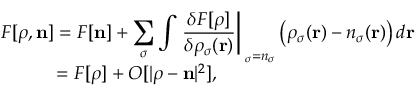
\begin{array} { l } { { \displaystyle { \cal F } [ { \boldsymbol \rho } , { \bf n } ] = F [ { \bf n } ] + \sum _ { \sigma } \int \left. \frac { \delta F [ { \boldsymbol \rho } ] } { \delta \rho _ { \sigma } ( { \bf r } ) } \right\vert _ { { \bf \rho } _ { \sigma } = n _ { \sigma } } \left( \rho _ { \sigma } ( { \bf r } ) - n _ { \sigma } ( { \bf r } ) \right) d { \bf r } } \ ~ } \\ { { \displaystyle ~ ~ ~ ~ ~ ~ ~ ~ ~ = F [ { \boldsymbol \rho } ] + { \cal O } [ \vert { \boldsymbol \rho } - { \bf n } \vert ^ { 2 } ] } , } \end{array}